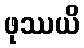
ဖုဿယိ